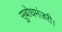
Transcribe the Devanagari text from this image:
सुबोधमंजरी।